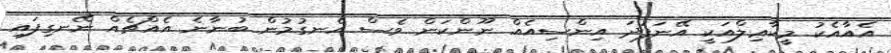
އެއާއެކު މީކާޢިލްއަކީ އޭނަފަދަ އިންސިއެއް ނޫންކަން ވެސް އެނގުމުން ބުނާނެ އެއްޗެއް ނޭނގިފައި